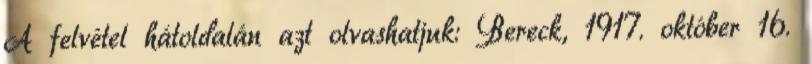
A felvétel hátoldalán azt olvashatjuk: Bereck, 1917. október 16.